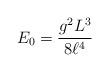
LaTeX: \begin{align*}E_{0} = \frac{g^{2} L^{3}}{8 \ell ^{4}}\end{align*}